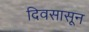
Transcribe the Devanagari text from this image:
दिवसासून